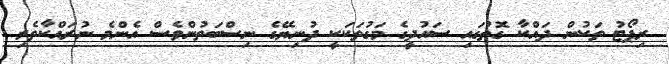
ރިޕޯޓު ތަކުން ދައްކާ ގޮތުގައި ސައުދީގެ މަގުތަކަކީ ދުނިޔޭގެ ނިސްބަތުންވެސް އެންމެ ނުރައްކާތެރި